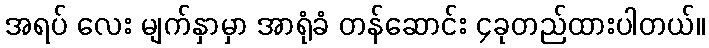
အရပ် လေး မျက်နှာမှာ အာရုံခံ တန်ဆောင်း ၄ခုတည်ထားပါတယ်။